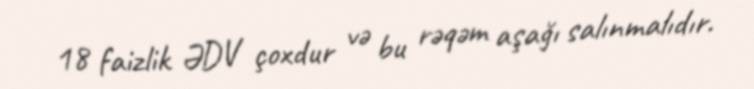
18 faizlik ƏDV çoxdur və bu rəqəm aşağı salınmalıdır.